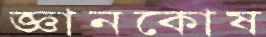
জ্ঞানকোষ